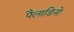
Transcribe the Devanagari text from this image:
पैलाडिनो